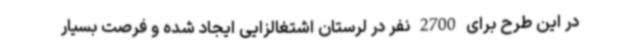
در این طرح برای 2700 نفر در لرستان اشتغالزایی ایجاد شده و فرصت بسیار